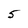
Character: 5